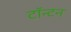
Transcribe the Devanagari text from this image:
टॉन्टन